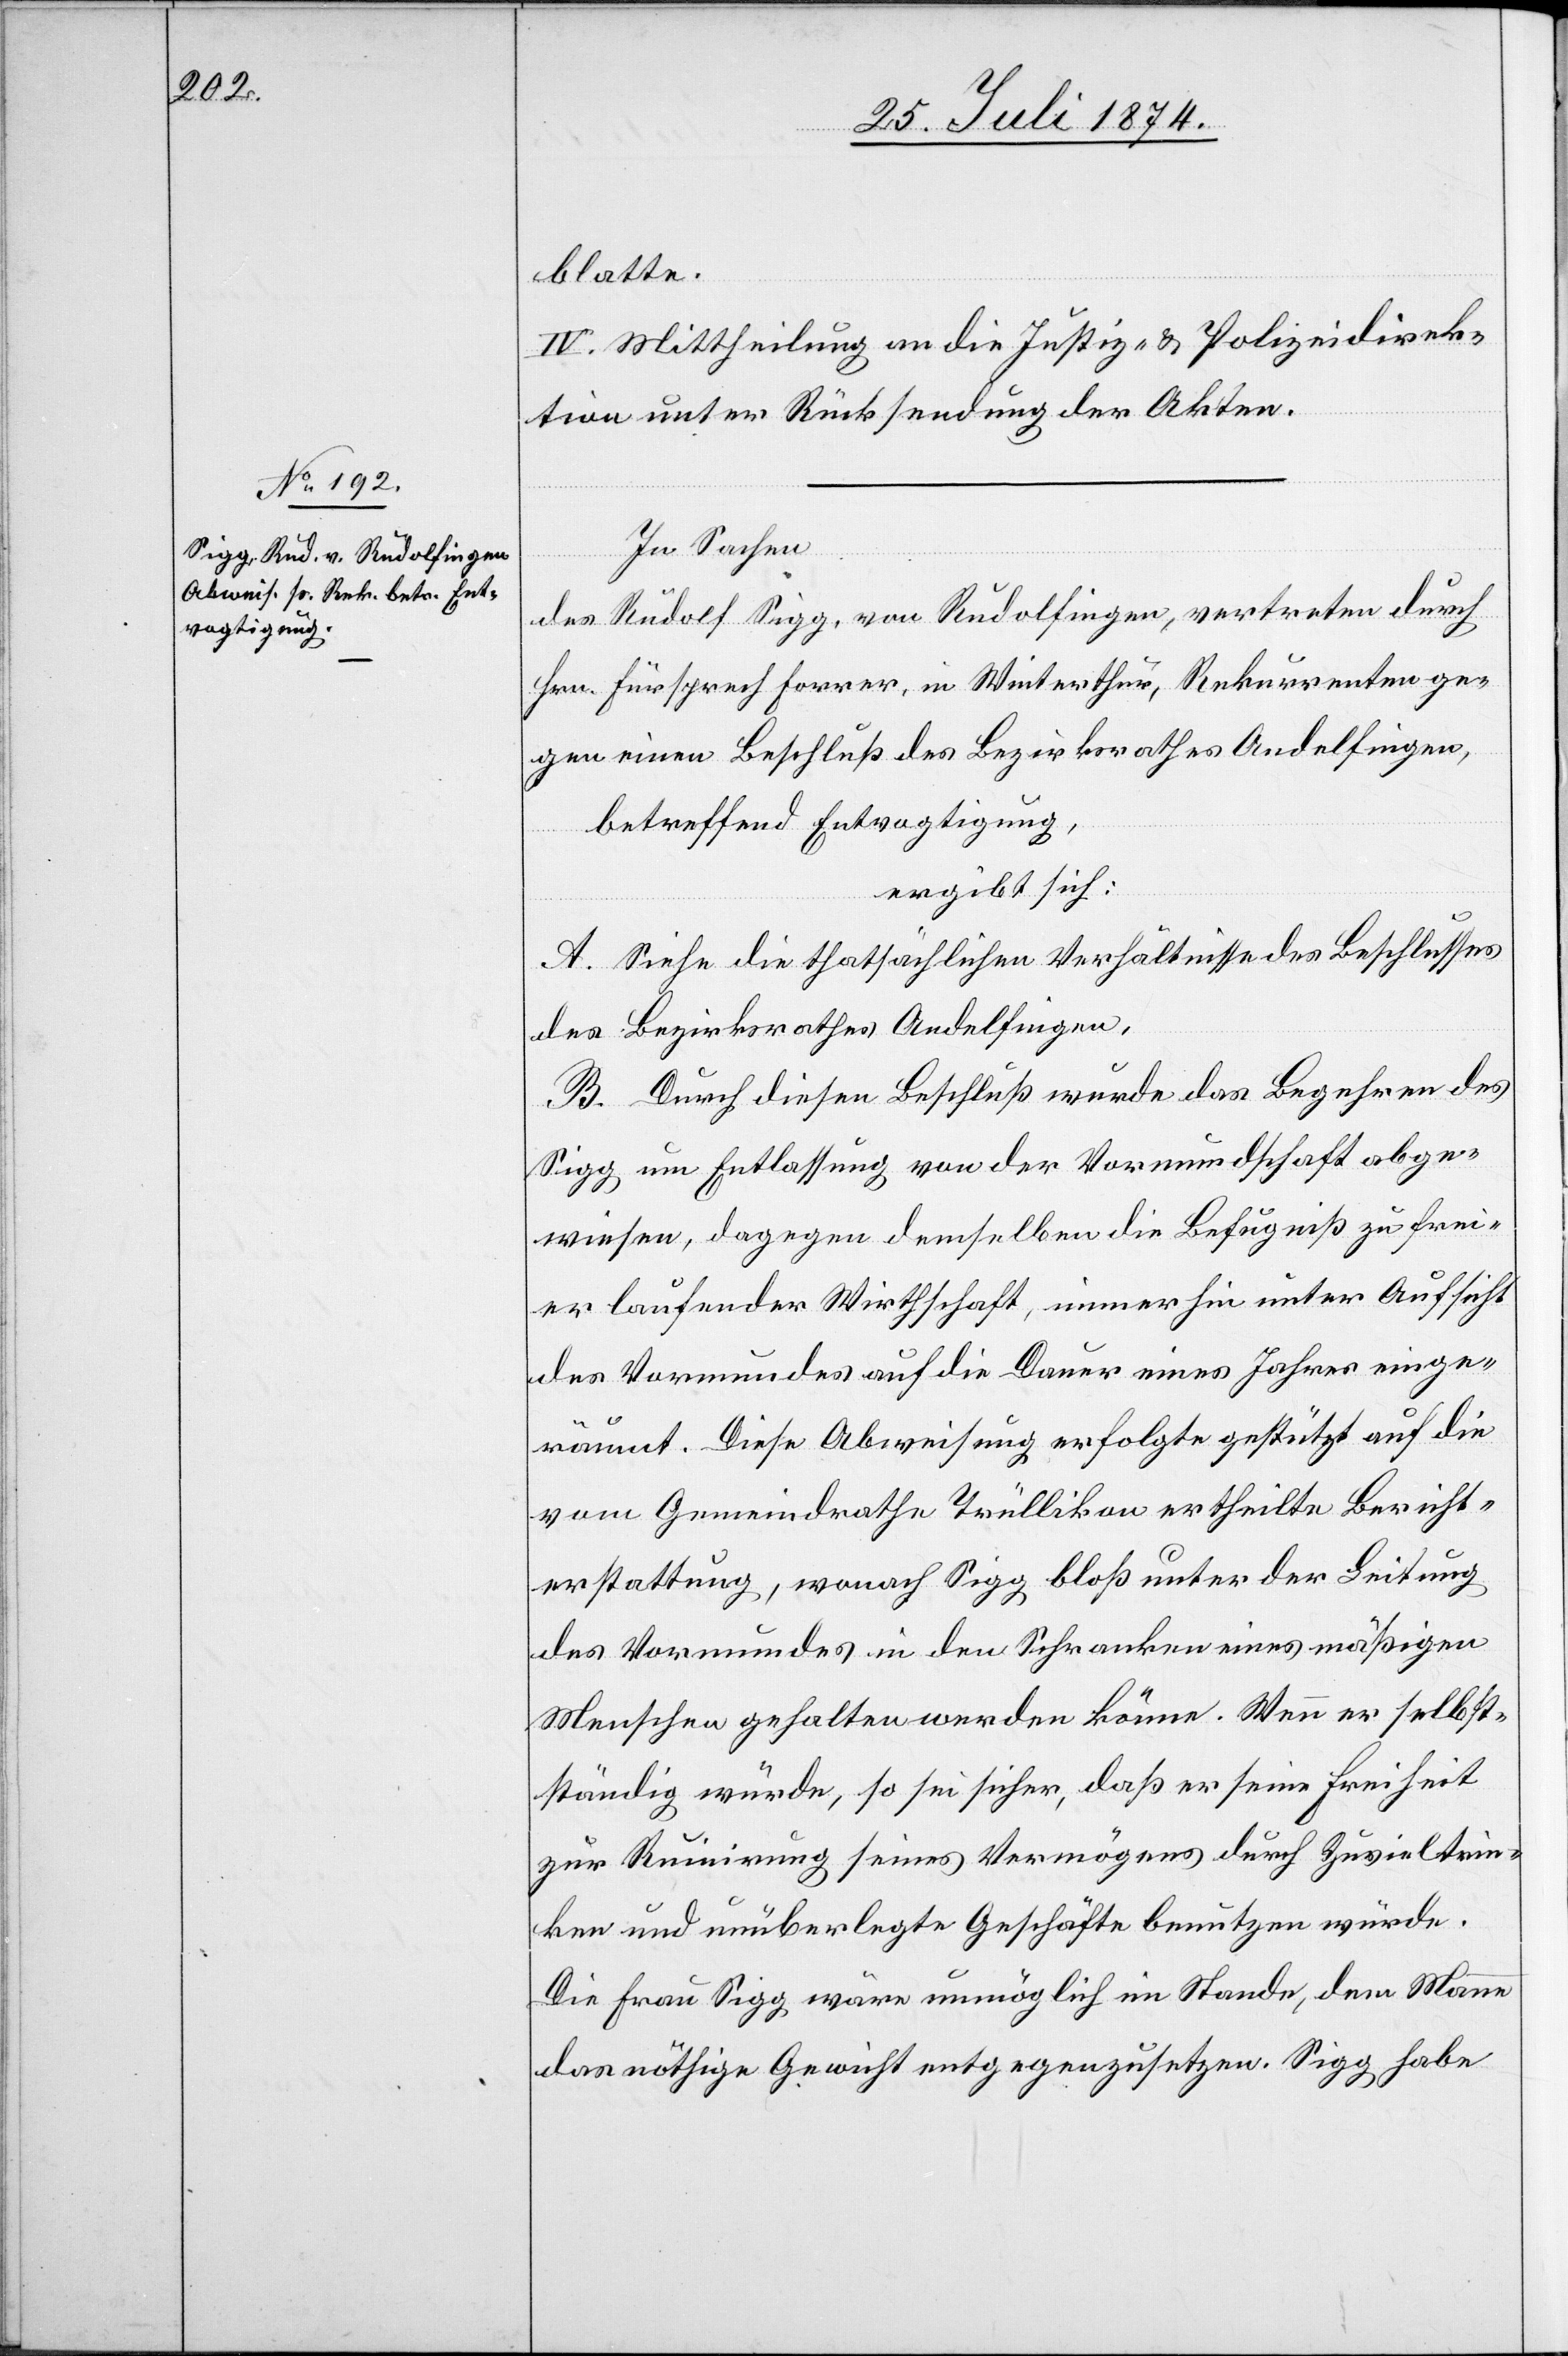
blatte.
IV. Mittheilung an die Justiz- u. Polizeidirek¬
tion unter Rücksendung der Akten.
In Sachen
des Rudolf Sigg, von Rudolfingen, vertreten durch
Hrn. Fürsprech Forrer, in Winterthur, Rekurrenten ge¬
gen einen Beschluß des Bezirksrathes Andelfingen,
betreffend Entvogtigung,
ergibt sich:
A. Siehe die thatsächlichen Verhältnisse des Beschlusses
des Bezirksrathes Andelfingen.
B. Durch diesen Beschluß wurde das Begehren des
Sigg um Entlassung von der Vormundschaft abge¬
wiesen, dagegen demselben die Befugniß zu frei¬
er laufender Wirthschaft, immerhin unter Aufsicht
des Vormundes auf die Dauer eines Jahres einge¬
räumt. Diese Abweisung erfolgte gestützt auf die
vom Gemeindrathe Trüllikon ertheilte Bericht¬
erstattung, wonach Sigg bloß unter der Leitung
des Vormundes in den Schranken eines mäßigen
Menschen gehalten werden könne. Wenn er selbst¬
ständig würde, so sei sicher, daß er seine Freiheit
zur Ruinirung seines Vermögens durch Zuvieltrin¬
ken und unüberlegte Geschäfte benutzen würde.
Die Frau Sigg wäre unmöglich im Stande, dem Mann
das nöthige Gewicht entgegenzusetzen. Sigg habe